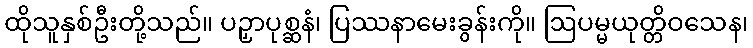
ထိုသူနှစ်ဦးတို့သည်။ ပဉှာပုစ္ဆနံ၊ ပြဿနာမေးခွန်းကို။ ဩပမ္မယုတ္တိဝသေန၊